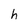
Character: h